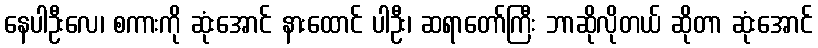
နေပါဦးလေ၊ စကားကို ဆုံးအောင် နားထောင် ပါဦး၊ ဆရာတော်ကြီး ဘာဆိုလိုတယ် ဆိုတာ ဆုံးအောင်